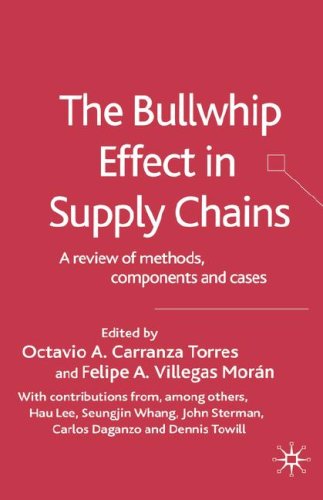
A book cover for The Bullwhip Effect in Supply Chains: A Review of Methods, Components and Cases; Business & Money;